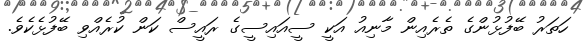
ހަތަރު ބޭފުޅުންގެ ތެރެއިން މާނިއު އަކީ ސީއައިސީގެ ރައީސް ކަން ކުރެއްވި ބޭފުޅެކެވެ.